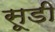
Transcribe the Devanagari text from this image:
सूडी